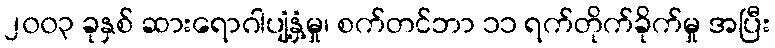
၂၀၀၃ ခုနှစ် ဆားရောဂါပျံ့နှံ့မှု၊ စက်တင်ဘာ ၁၁ ရက်တိုက်ခိုက်မှု အပြီး